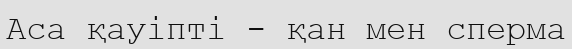
Аса қауіпті - қан мен сперма